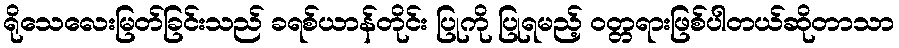
ရိုသေလေးမြတ်ခြင်းသည် ခရစ်ယာန်တိုင်း ပြုကို ပြုရမည့် ၀တ္တရားဖြစ်ပါတယ်ဆိုတာသာ